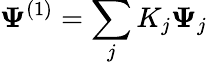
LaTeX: \mathbf{\Psi}^{(1)}=\sum_{j}K_{j}\mathbf{\Psi}_{j}